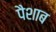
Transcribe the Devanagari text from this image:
पैशाब